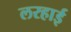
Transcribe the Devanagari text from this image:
लरहाई